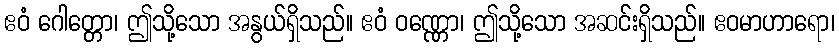
ဧဝံ ဂေါတ္တော၊ ဤသို့သော အနွယ်ရှိသည်။ ဧဝံ ဝဏ္ဏော၊ ဤသို့သော အဆင်းရှိသည်။ ဧဝမာဟာရော၊